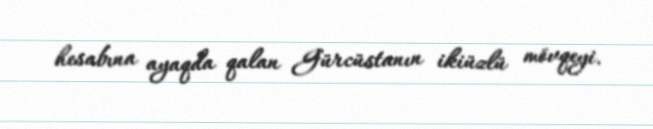
hesabına ayaqda qalan Gürcüstanın ikiüzlü mövqeyi.